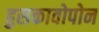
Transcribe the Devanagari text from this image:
हुसकावोपोन